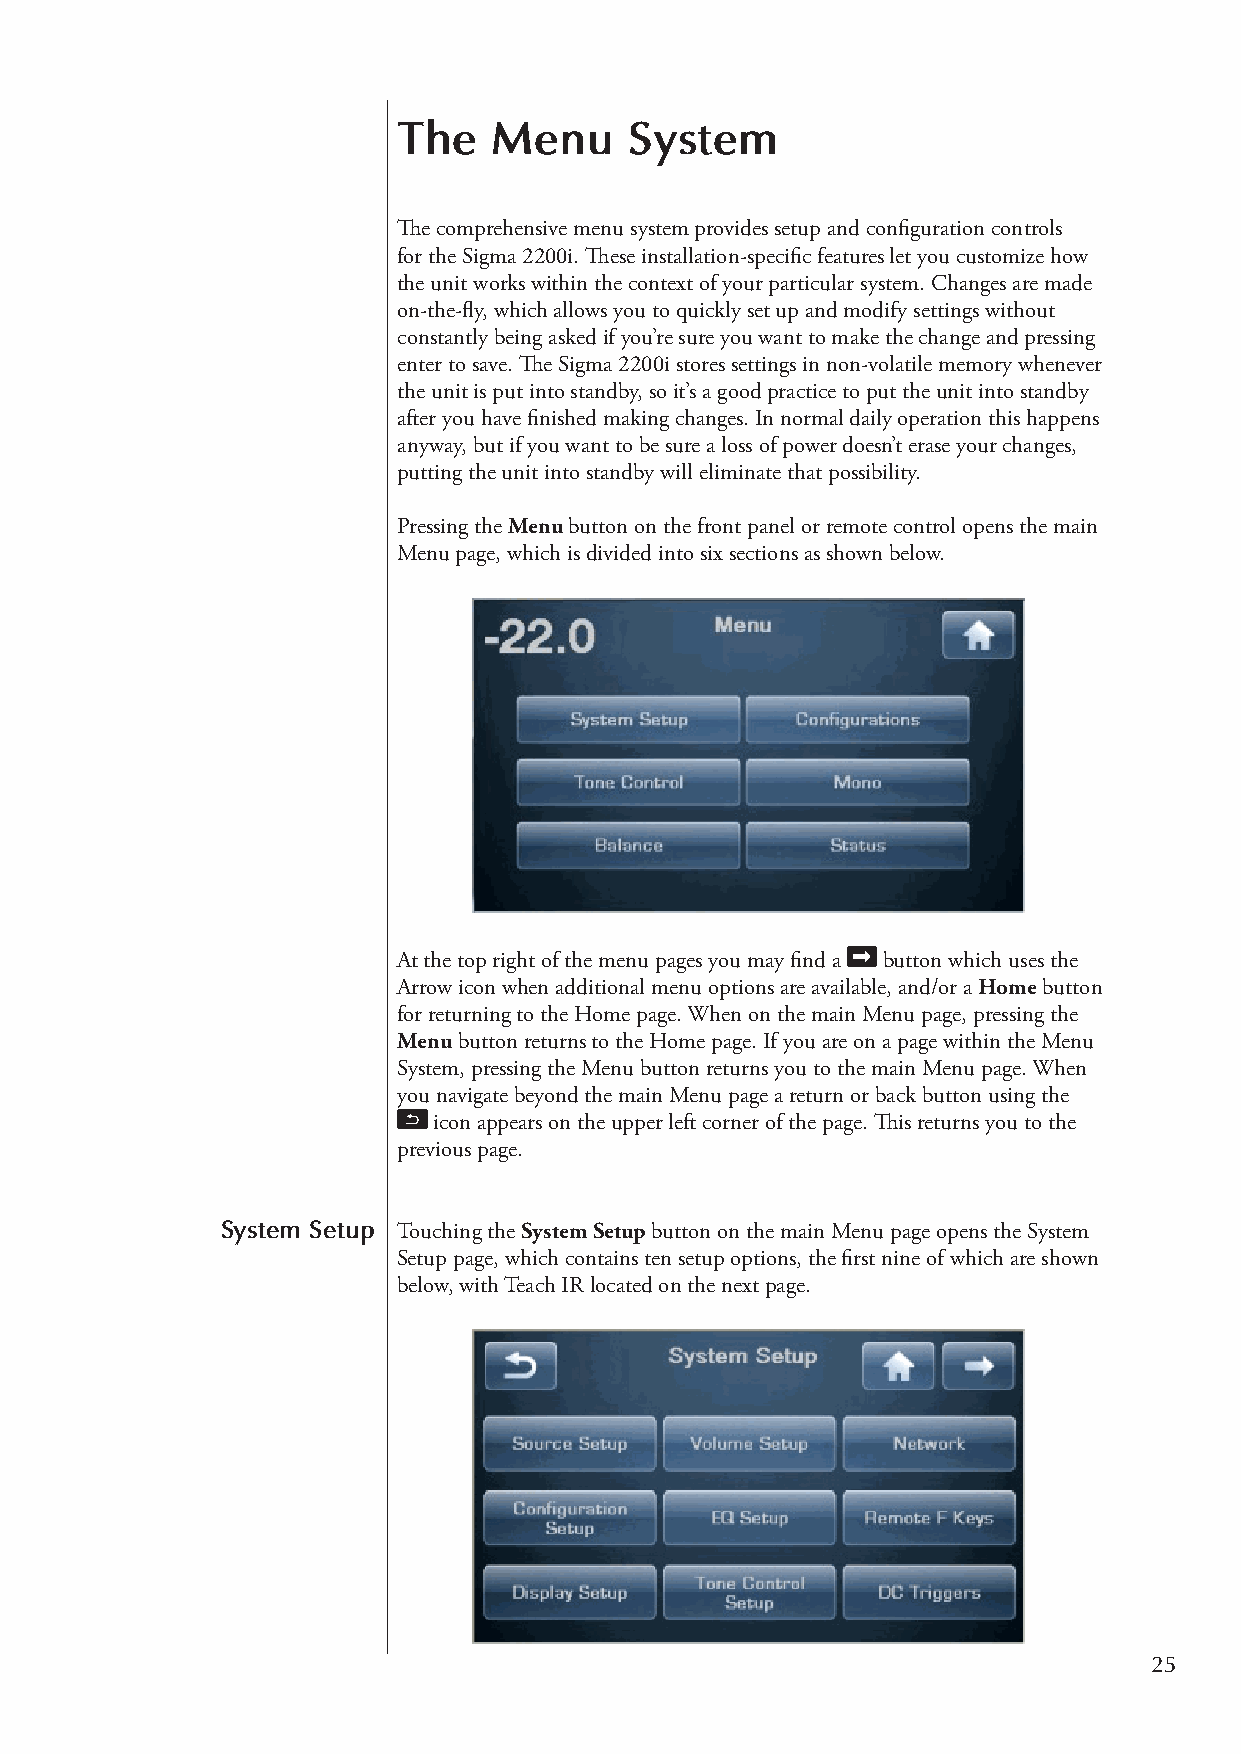
The    Menu     System
 The comprehensive menu system provides setup and configuration controls
 for the Sigma 2200i. These installation-specific features let you customize how
 the unit works within the context of your particular system. Changes are made
 on-the-fly, which allows you to quickly set up and modify settings without
 constantly being asked if you’re sure you want to make the change and pressing
 enter to save. The Sigma 2200i stores settings in non-volatile memory whenever
 the unit is put into standby, so it’s a good practice to put the unit into standby
 after you have finished making changes. In normal daily operation this happens
 anyway, but if you want to be sure a loss of power doesn’t erase your changes,
 putting the unit into standby will eliminate that possibility.
 Pressing the Menu button on the front panel or remote control opens the main
 Menu page, which is divided into six sections as shown below.
 At the top right of the menu pages you may find a button which uses the
 Arrow icon when additional menu options are available, and/or a Home button
 for returning to the Home page. When on the main Menu page, pressing the
 Menu button returns to the Home page. If you are on a page within the Menu
 System, pressing the Menu button returns you to the main Menu page. When
 you navigate beyond the main Menu page a return or back button using the
 icon appears on the upper left corner of the page. This returns you to the
 previous page.
 System Setup Touching the System Setup button on the main Menu page opens the System
 Setup page, which contains ten setup options, the first nine of which are shown
 below, with Teach IR located on the next page.
 25